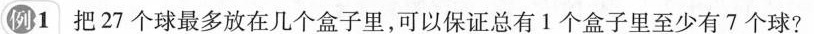
例1 把27个球最多放在几个盒子里，可以保证总有1个盒子里至少有7个球?